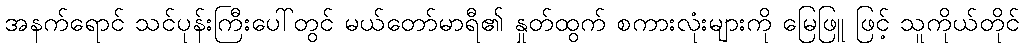
အနက်ရောင် သင်ပုန်းကြီးပေါ်တွင် မယ်တော်မာရီ၏ နှုတ်ထွက် စကားလုံးများကို မြေဖြူ ဖြင့် သူကိုယ်တိုင်